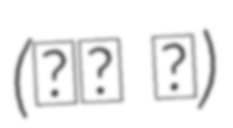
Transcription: (山本 弘)